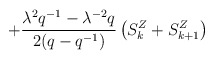
\begin{align*}+ \frac {{\lambda}^2 q^{-1} - {\lambda}^{-2}q}{2 (q - q^{-1}) }\left( S^Z_k +S^Z_{k + 1} \right)\\\end{align*}